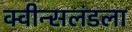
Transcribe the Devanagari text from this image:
क्वीन्सलंडला